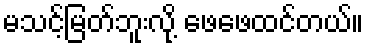
မသင့်မြတ်ဘူးလို့ ဖေဖေထင်တယ်။